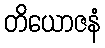
တိယောဇနံ